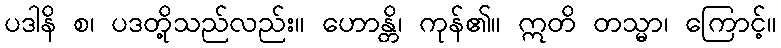
ပဒါနိ စ၊ ပဒတို့သည်လည်း။ ဟောန္တိ၊ ကုန်၏။ ဣတိ တသ္မာ၊ ကြောင့်။